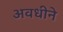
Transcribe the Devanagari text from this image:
अवधीने